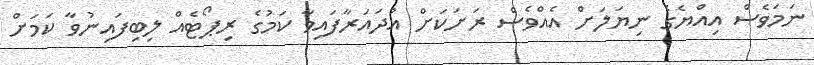
ނަމަވެސް އިއްޔެގެ ނިޔަލަށް އެއްވެސް ރަށަކަށް އުދައަރާފައިވާ ކަމުގެ ރިޕޯޓެއް ލިބިފައިނުވާ ކަމަށް